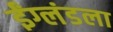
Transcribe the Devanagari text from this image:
ईंग्लंडला